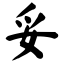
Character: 妥